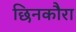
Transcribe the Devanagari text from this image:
छिनकौरा